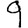
Digit: 9